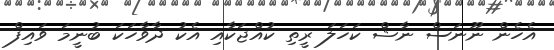
އެހެން ނޫނަސް ނާޝް ކަހަލަ ރީތި ކުއްޖަކާއި އެކު ދާވާހަކަ ބުނީމަ ވައިފް